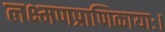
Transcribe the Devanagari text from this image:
लक्ष्मणप्राणिकायाः।